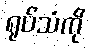
ရုပ်သံကို